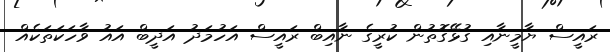
ރައީސް ޔާމީނާއި ގުޅޭގޮތުން ކުރީގެ ނާއިބް ރައީސް އަހުމަދު އަދީބް އައު ވާހަކަތަކެއް